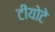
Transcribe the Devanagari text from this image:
टीयोटे